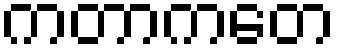
ကတာကတေ